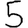
Digit: 5